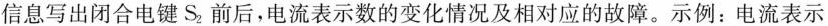
信息写出闭合电键S_{2}前后，电流表示数的变化情况及相对应的故障。示例：电流表示